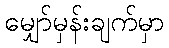
မျှော်မှန်းချက်မှာ